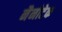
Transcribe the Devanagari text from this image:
नैनोटेक